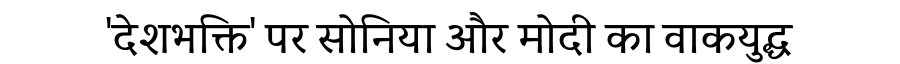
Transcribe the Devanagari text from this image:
'देशभक्ति' पर सोनिया और मोदी का वाकयुद्ध